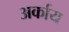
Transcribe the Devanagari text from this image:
अर्काय